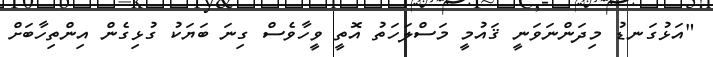
"އަޅުގަނޑު މިދަންނަވަނީ ޤައުމީ މަސްލަހަތު އޮތީ ވީހާވެސް ގިނަ ބަޔަކު ގުޅިގެން އިންތިހާބަށް